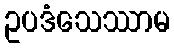
ဥပဒံသေဿာမ